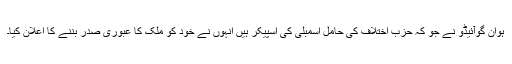
ہوان گوآئیڈو نے جو کہ حزب اختلاف کی حامل اسمبلی کی اسپیکر ہیں انہوں نے خود کو ملک کا عبوری صدر بننے کا اعلان کیا۔